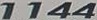
1144